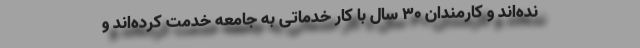
نده‌اند و کارمندان ۳۰ سال با کار خدماتی به جامعه خدمت کرده‌اند و